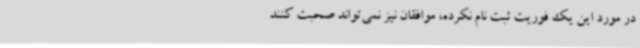
در مورد این یک فوریت ثبت نام نکرده، موافقان نیز نمی‌تواند صحبت کنند